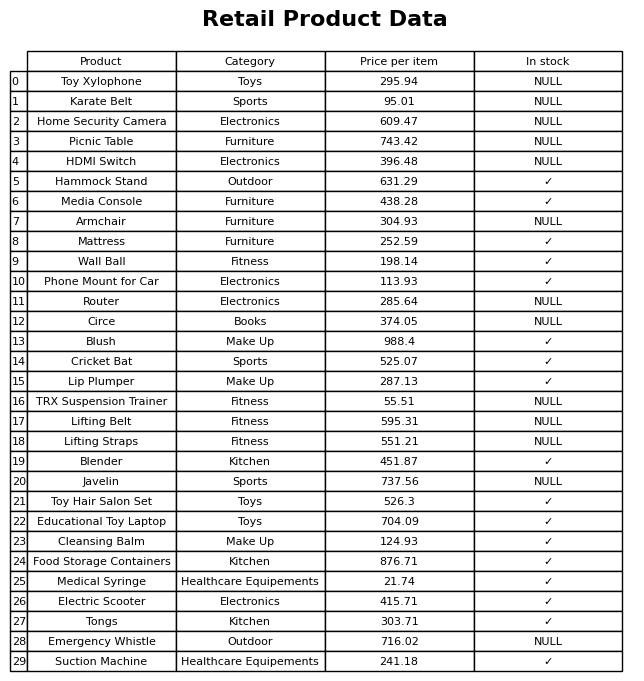
question: What is the price for Suction Machine?
answer: The price of Suction Machine is 241.18.